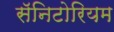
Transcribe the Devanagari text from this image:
सॅनिटोरियम